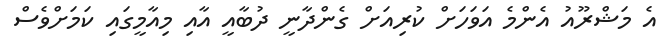
އެ މަޝްރޫއު އެންމެ އަވަހަށް ކުރިއަށް ގެންދާނީ ދުބާއީ އާއި މިއާމީގައި ކަމަށްވެސް